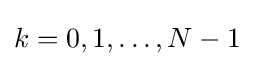
k=0,1,\ldots ,N-1